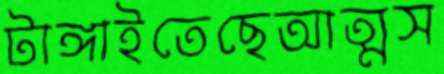
টাঙ্গাইতেছেআত্মস